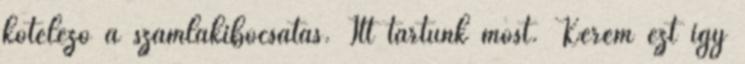
kötelező a számlakibocsátás. Itt tartunk most. Kérem ezt így